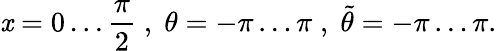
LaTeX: \mathit{x}=0\ldots\frac{{\pi}}{{2}}\; ,\; \theta=-\pi\ldots\pi\; ,\; \tilde{{\theta}}=-\pi\ldots\pi.